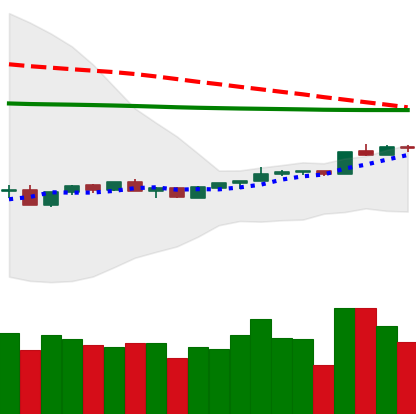
Ticker: ADA-USD
Chart end date: 2020-04-09
Forward return: -8.907%
Label: down_7plus